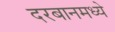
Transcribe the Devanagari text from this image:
दरबानमध्ये